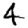
Digit: 4